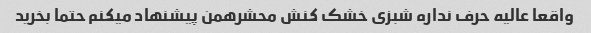
واقعا عالیه حرف نداره شبزی خشک کنش محشرهمن پیشنهاد میکنم حتما بخرید